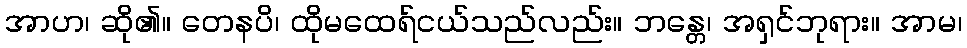
အာဟ၊ ဆို၏။ တေနပိ၊ ထိုမထေရ်ငယ်သည်လည်း။ ဘန္တေ၊ အရှင်ဘုရား။ အာမ၊